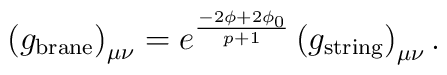
\left( g_{\mbox{\scriptsize brane}}\right)_{\mu\nu} = e^{\frac{ -2\phi + 2 \phi_0}{p+1}}\left(g _{\mbox{\scriptsize string}}\right)_{\mu\nu}.